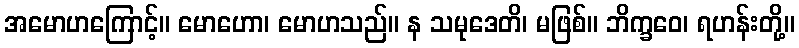
အမောဟကြောင့်။ မောဟော၊ မောဟသည်။ န သမုဒေတိ၊ မဖြစ်။ ဘိက္ခဝေ၊ ရဟန်းတို့။